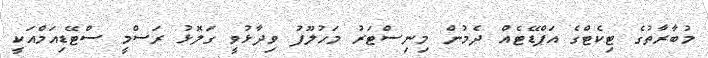
މުބާރާތުގެ ޓިކެޓްގެ އަޕްޑޭޓެއް ދެމުން މިނިސްޓަރު މަހުލޫފު ވިދާޅުވީ ގަލޮޅު ރަސްމީ ސްޓޭޑިއަމްއަކީ